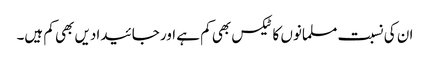
ان کی نسبت مسلمانوں کا ٹیکس بھی کم ہے اور جائیدادیں بھی کم ہیں۔